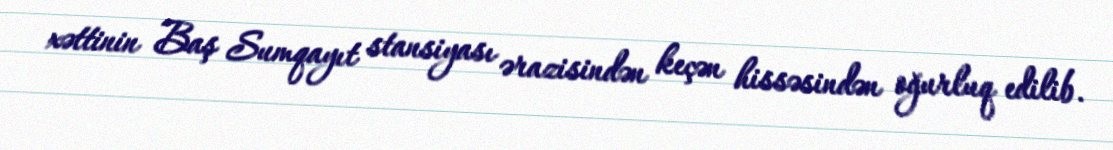
xəttinin Baş Sumqayıt stansiyası ərazisindən keçən hissəsindən oğurluq edilib.